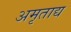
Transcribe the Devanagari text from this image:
अमृताद्य